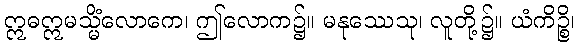
ဣဓဣမသ္မိံလောကေ၊ ဤလောက၌။ မနုဿေသု၊ လူတို့၌။ ယံကိဉ္စိ၊